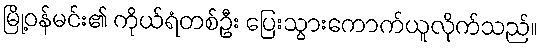
မြို့ဝန်မင်း၏ ကိုယ်ရံတစ်ဦး ပြေးသွားကောက်ယူလိုက်သည်။